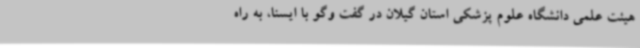
هیئت علمی دانشگاه علوم پزشکی استان گیلان در گفت وگو با ایسنا، به راه